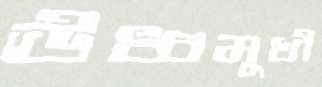
ঊধ্বমুখী